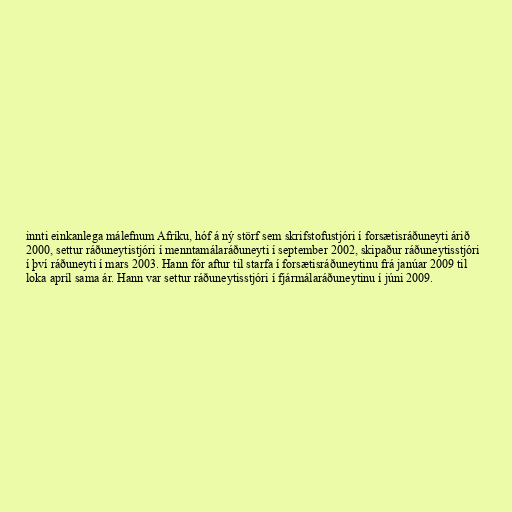
innti einkanlega málefnum Afríku, hóf á ný störf sem skrifstofustjóri í forsætisráðuneyti árið
2000, settur ráðuneytistjóri í menntamálaráðuneyti í september 2002, skipaður ráðuneytisstjóri
í því ráðuneyti í mars 2003. Hann fór aftur til starfa í forsætisráðuneytinu frá janúar 2009 til
loka apríl sama ár. Hann var settur ráðuneytisstjóri í fjármálaráðuneytinu í júni 2009.